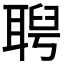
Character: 𦖙